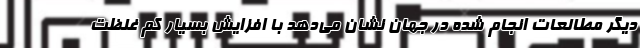
دیگر مطالعات انجام شده در جهان نشان می‌دهد با افزایش بسیار کم غلظت